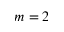
m = 2